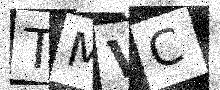
Text: TMVC